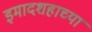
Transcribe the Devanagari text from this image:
इमादशहाच्या